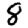
Digit: 8